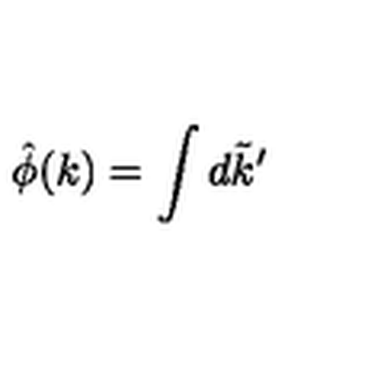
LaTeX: \hat { \phi } ( k ) = \int d \tilde { k } ^ { \prime }